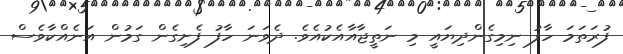
ފުރަތަމަ ހާފު ނިމިގެންދިޔައީ މި ނަތީޖާއާއެކުއެވެ. ދެވަނަ ހާފު ފެށިގެން ގަމުން އަނެއްކާވެސް